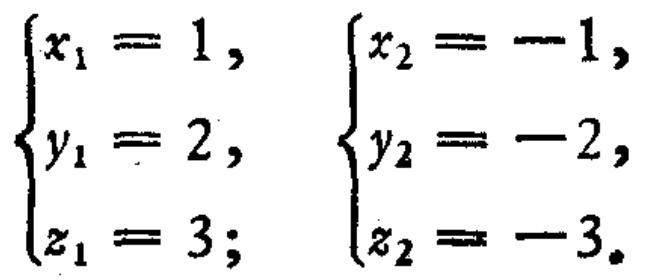
$\begin{cases}
x_{1}=1, \\
y_{1}=2, \\
z_{1}=3;
\end{cases}$ $\begin{cases}
x_{2}=-1, \\
y_{2}=-2, \\
z_{2}=-3.
\end{cases}$